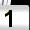
Digit: 1